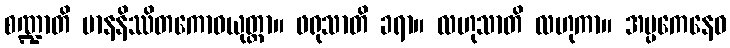
စဏ္ဍာတိ မာနနိဿိတကောဓယုတ္တာ။ ဖရုသာတိ ခရာ။ လဟုသာတိ လဟုကာ။ အပ္ပကေနေဝ